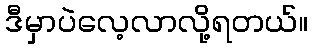
ဒီမှာပဲလေ့လာလို့ရတယ်။